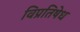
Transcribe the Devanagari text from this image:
विप्रतिषेध